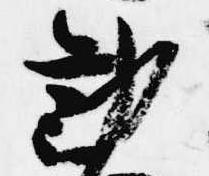
勧